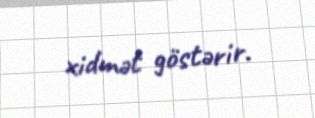
xidmət göstərir.